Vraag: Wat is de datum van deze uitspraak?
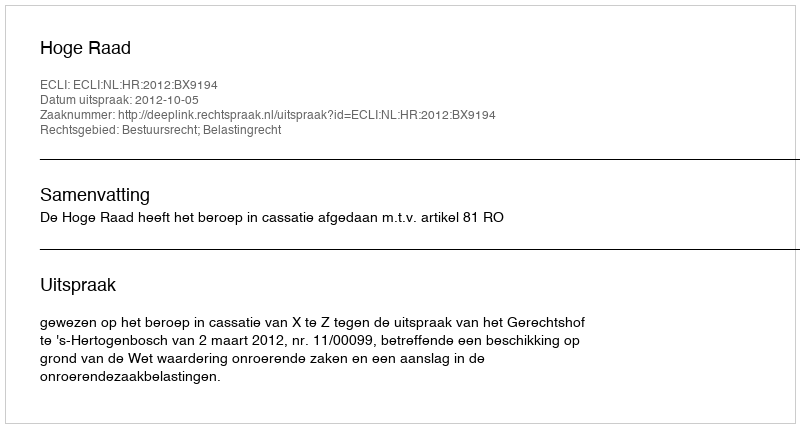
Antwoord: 2012-10-05